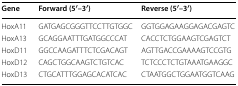
<table><thead><tr><td><b>Gene</b></td><td><b>Forward (5′–3′)</b></td><td><b>Reverse (5′–3′)</b></td></tr></thead><tbody><tr><td>HoxA11</td><td>GATGAGCGGGTTCCTTGTGGC</td><td>GGTGGAGAAGGAGACGAGTC</td></tr><tr><td>HoxA13</td><td>GCAGGAATTTGATGGCCCAT</td><td>CACCTCTGGAAGTCGAGTCT</td></tr><tr><td>HoxD11</td><td>GGCCAAGATTTCTCGACAGT</td><td>AGTTGACCGAAAAGTCCGTG</td></tr><tr><td>HoxD12</td><td>CAGCTGGCAAGTCTGTCAC</td><td>TCTCCCTCTGTAAATGAAGGC</td></tr><tr><td>HoxD13</td><td>CTGCATTTGGAGCACATCAC</td><td>CTAATGGCTGGAATGGTCAAG</td></tr></tbody></table>